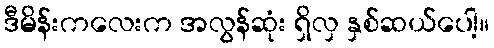
ဒီမိန်းကလေးက အလွန်ဆုံး ရှိလှ နှစ်ဆယ်ပေါ့။